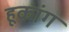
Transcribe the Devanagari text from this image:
हूकांग